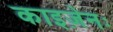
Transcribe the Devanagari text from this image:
काइज़ेनः